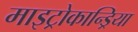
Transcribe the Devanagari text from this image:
माइट्रोकान्ड्रिया